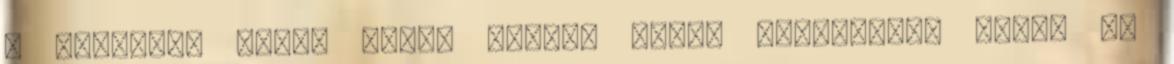
a szarból. Ezért simán kaptál volna huszonnégy órát, ha